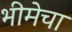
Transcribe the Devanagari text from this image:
भीमेचा